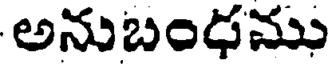
అనుబంధము